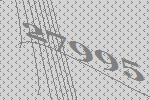
27995